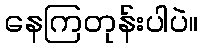
နေကြတုန်းပါပဲ။